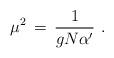
LaTeX: \begin{align*}\mu^2 \,=\,{1\over g N \alpha^\prime}\,\,.\end{align*}